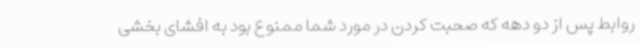
روابط پس از دو دهه که صحبت کردن در مورد شما ممنوع بود به افشای بخشی